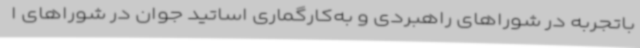
باتجربه در شوراهای راهبردی و به‌کارگماری اساتید جوان در شوراهای ا